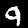
Label: 9